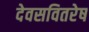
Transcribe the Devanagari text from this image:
देवसवितरेष